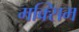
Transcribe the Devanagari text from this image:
मक्सिम